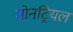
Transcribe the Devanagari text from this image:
मोनट्रियल